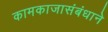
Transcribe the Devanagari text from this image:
कामकाजासंबंधाने